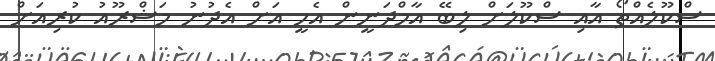
ސްކޫލެއްތޯ އާއި ސްކޫލަށް ލިބޭ އާމްދަނީން އެހީ އަށް އެދުނު މަޝްރޫއު ކުރިއަށް